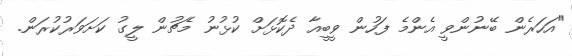
"އަހަރެން ބޭނުންވީ އެންމެ ފަހުން ވީބީއާ ދެކޮޅަށް ކުޅުނު މެޗުން ލީގު ކަށަވަރުކުރަން.